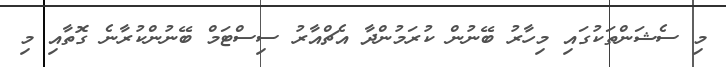
މި ސެޝަންތަކުގައި މިހާރު ބޭނުން ކުރަމުންދާ އެޗްއާރު ސިސްޓަމް ބޭނުންކުރާނެ ގޮތާއި މި